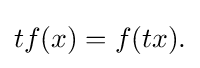
{\textstyle tf(x)=f(tx).}